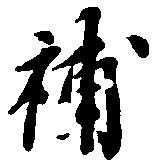
補